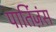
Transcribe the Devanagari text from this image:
पार्तिज़ंस